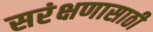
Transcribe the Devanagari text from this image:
सरंक्षणासाठी